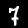
Digit: 7